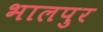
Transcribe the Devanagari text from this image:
भालपुर